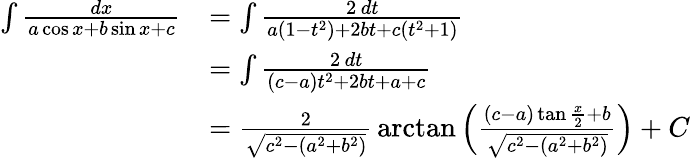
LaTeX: {\begin{array}{rl}{\int{\frac{dx}{a\cos x+b\sin x+c}}}&{=\int{\frac{2\, dt}{a(1-t^{2})+2bt+c(t^{2}+1)}}}\\ &{=\int{\frac{2\, dt}{(c-a)t^{2}+2bt+a+c}}}\\ &{={\frac{2}{\sqrt{c^{2}-(a^{2}+b^{2})}}}\arctan\left({\frac{(c-a)\tan{\frac{x}{2}}+b}{\sqrt{c^{2}-(a^{2}+b^{2})}}}\right)+C}\end{array}}